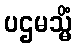
ပဌမသ္မိံ